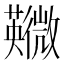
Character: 鿦